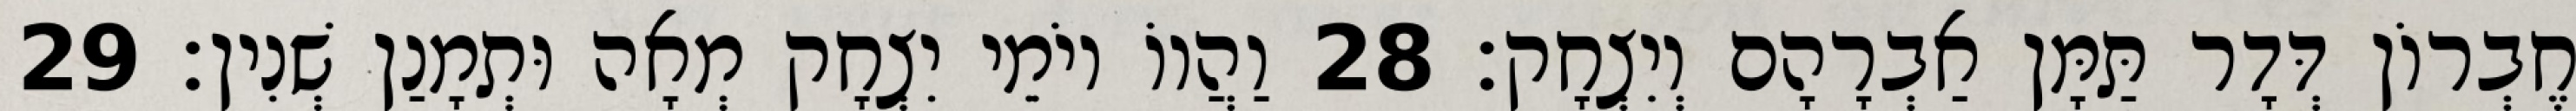
חֶבְרוֹן דְּדָר תַּמָּן אַבְרָהָם וְיִצְחָק׃ 28 וַהֲווֹ יוֹמֵי יִצְחָק מְאָה וּתְמָנַן שְׁנִין׃ 29